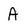
Character: A